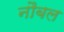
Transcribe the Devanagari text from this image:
नौबल